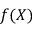
f ( X )